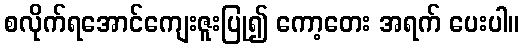
စလိုက်ရအောင်ကျေးဇူးပြု၍ ကော့တေး အရက် ပေးပါ။